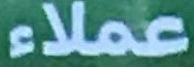
عملاء